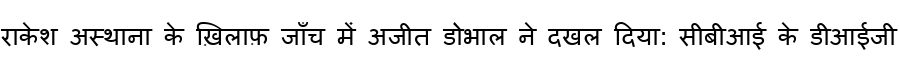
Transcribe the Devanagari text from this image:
राकेश अस्थाना के ख़िलाफ़ जाँच में अजीत डोभाल ने दखल दिया: सीबीआई के डीआईजी